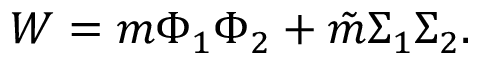
W = m \Phi _ { 1 } \Phi _ { 2 } + \tilde { m } \Sigma _ { 1 } \Sigma _ { 2 } .